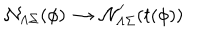
LaTeX: { \cal N } _ { \Lambda \Sigma } ( \phi ) \, \rightarrow \, { \cal N } _ { \Lambda \Sigma } ^ { \prime } ( t ( \phi ) )